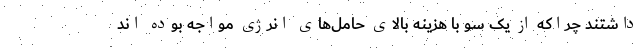
داشتند چراکه از یک سو با هزینه بالای حامل‌های انرژی مواجه بوده اند